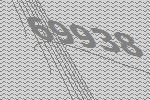
69938